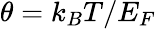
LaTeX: \theta=k_{B}T/E_{F}